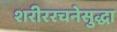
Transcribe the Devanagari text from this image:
शरीररचनेसुद्धा